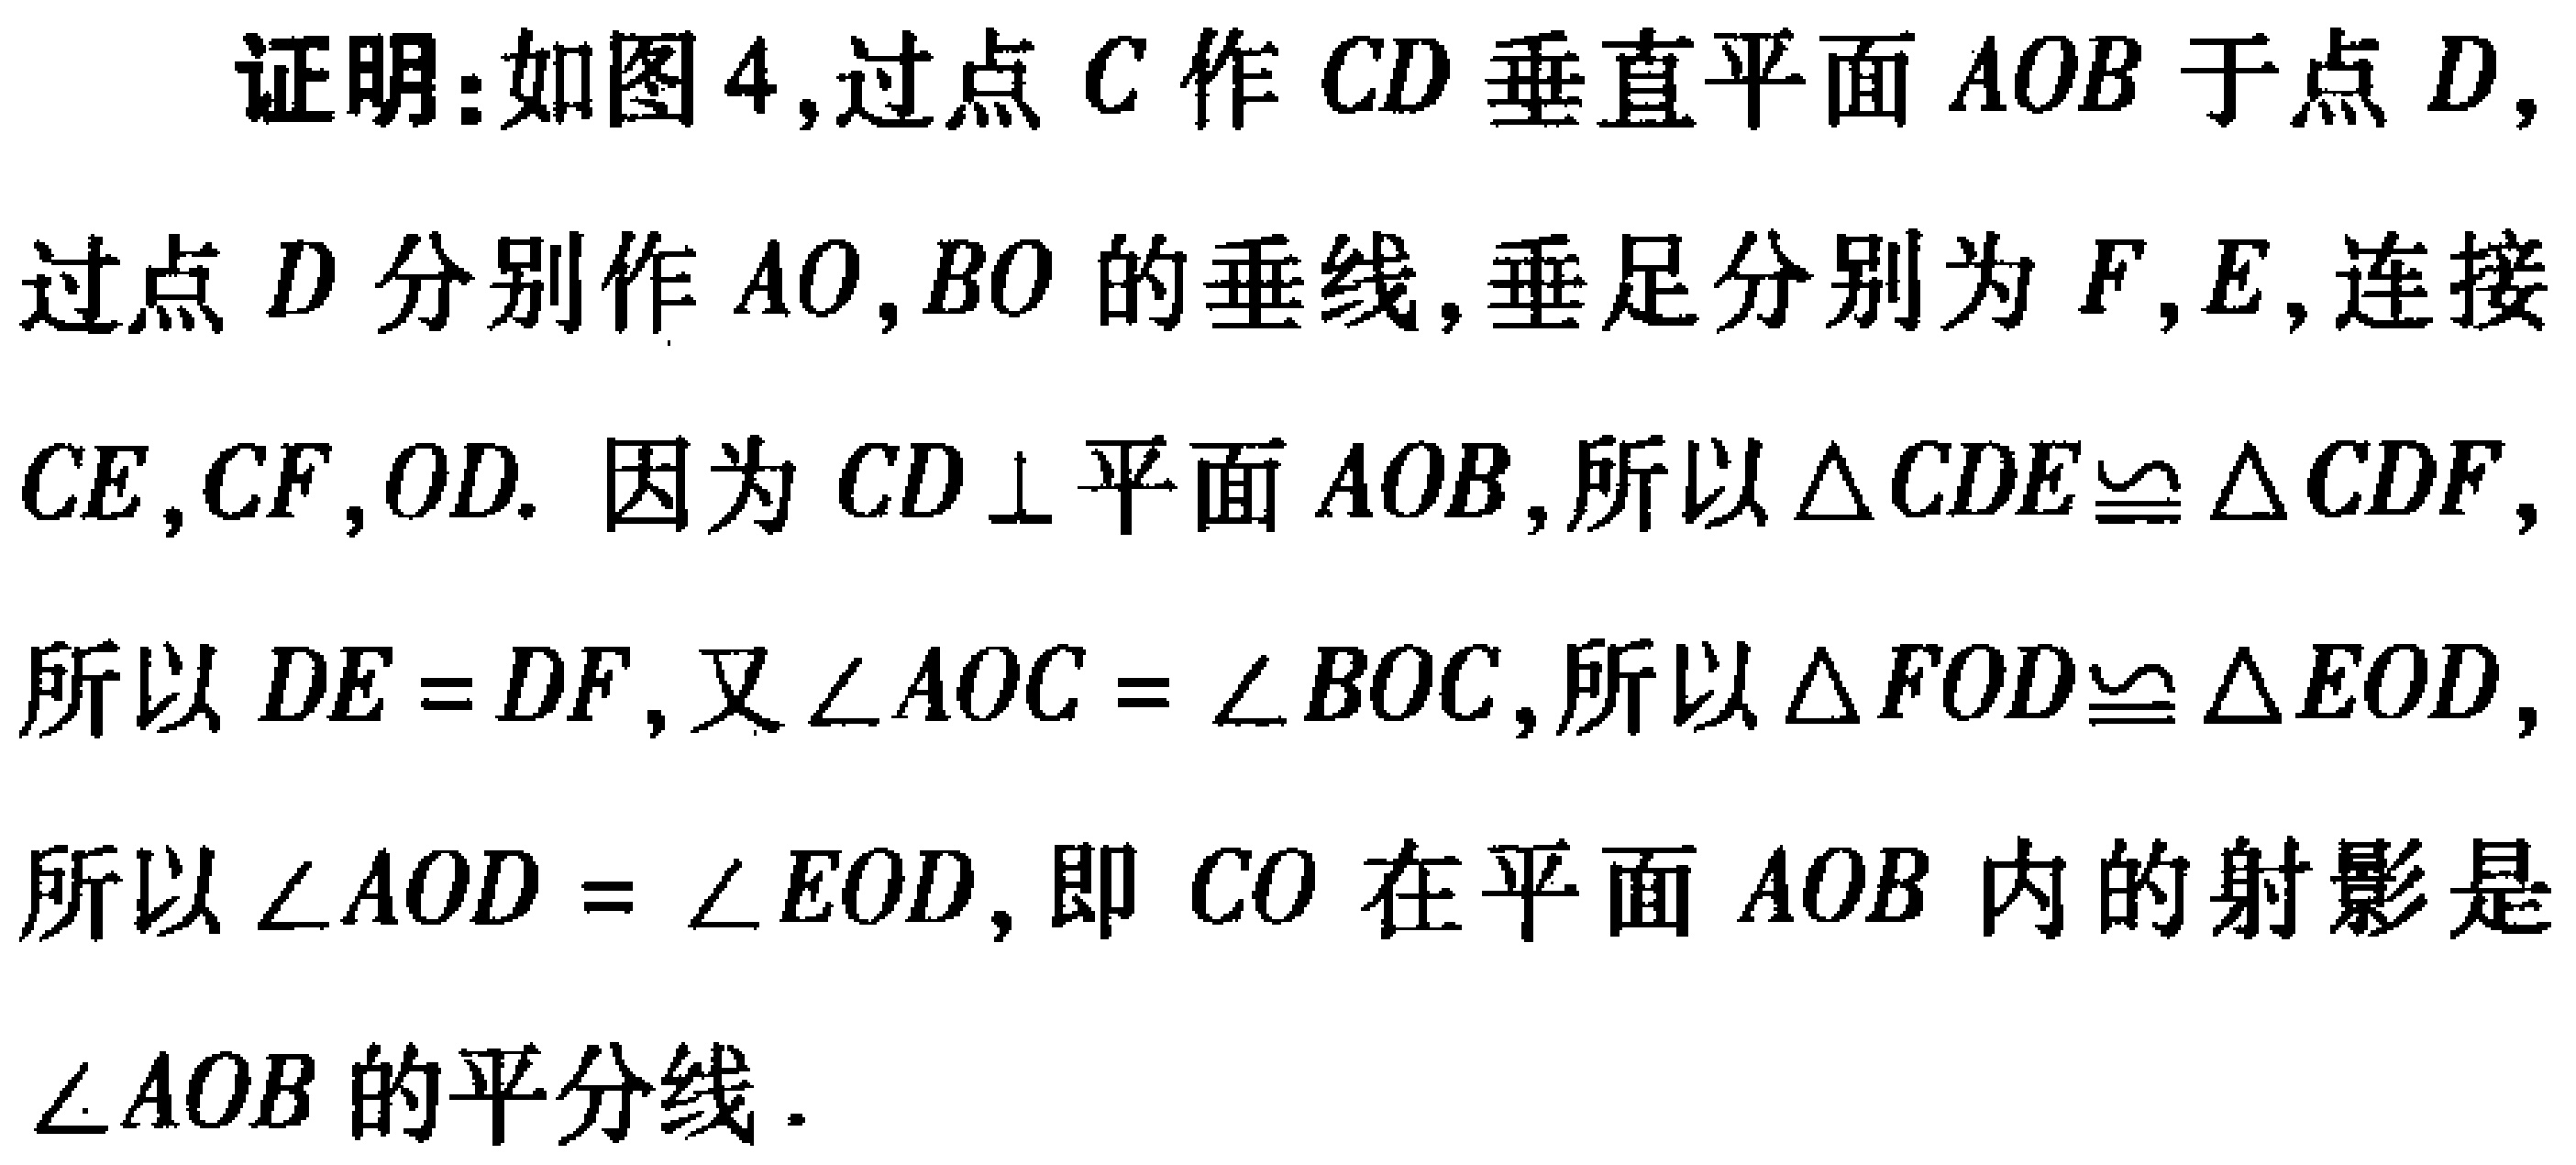
证明：如图4,过点\(C\)作\(CD\)垂直平面\(AOB\)于点\(D\),过点\(D\)分别作\(AO,BO\)的垂线,垂足分别为\(F,E\),连接\(CE,CF,OD\). 因为\(CD \perp\)平面\(AOB\),所以\(\triangle CDE\cong \triangle CDF\),所以\(DE = DF\),又\(\angle AOC = \angle BOC\),所以\(\triangle FOD\cong \triangle EOD\),所以\(\angle AOD = \angle EOD\),即\(CO\)在平面\(AOB\)内的射影是\(\angle AOB\)的平分线.